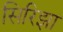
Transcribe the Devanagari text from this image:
सिरिझा